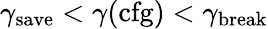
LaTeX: \gamma_{\mathrm{save}}<\gamma(\mathrm{cfg})<\gamma_{\mathrm{break}}